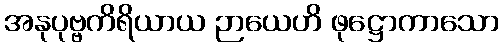
အနုပုဗ္ဗကိရိယာယ ဉာယေဟိ ဖုဋ္ဌောကာသော